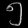
Digit: ၅